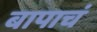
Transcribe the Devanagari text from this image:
बापाचं